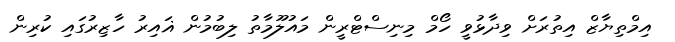
އިމްތިޔާޒް އިތުރަށް ވިދާޅުވީ ހޯމް މިނިސްޓްރީން މައުލޫމާތު ލިބުމުން ޣައިރު ހާޒިރުގައި ކުރިން